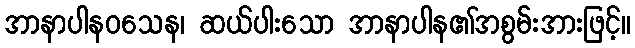
အာနာပါနဝသေန၊ ဆယ်ပါးသော အာနာပါန၏အစွမ်းအားဖြင့်။